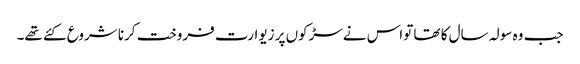
جب وہ سولہ سال کا تھا تواس نےسڑکوں پر زیوارت فروخت کرنا شروع کئے تھے۔